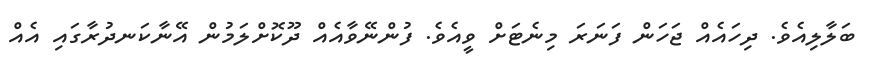
ބަލާލިއެވެ. ދިހައެއް ޖަހަން ފަނަރަ މިނެޓަށް ވީއެވެ. ފުންނޭވާއެއް ދޫކޮށްލަމުން އޭނާކަނދުރާގައި އެއް